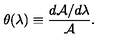
\theta ( \lambda ) \equiv \frac { d { \cal A } / d \lambda } { \cal A } .